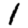
Digit: 1